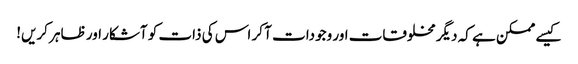
کیسے ممکن ہے کہ دیگر مخلوقات اور وجودات آ کر اس کی ذات کو آشکار اور ظاہر کریں!